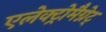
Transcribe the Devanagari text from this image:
एलेक्ट्रोमैग्नेट्